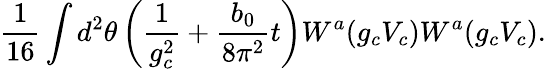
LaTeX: \frac{1}{16}\int d^{2}\theta\left(\frac{1}{g_{c}^{2}}+\frac{b_{0}}{8\pi^{2}}t\right)W^{a}(g_{c}V_{c})W^{a}(g_{c}V_{c}).